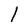
Character: 1